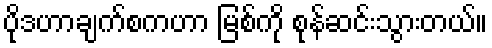
ပိုဒဟာချက်စကဟာ မြစ်ကို စုန်ဆင်းသွားတယ်။